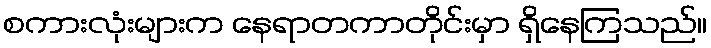
စကားလုံးများက နေရာတကာတိုင်းမှာ ရှိနေကြသည်။